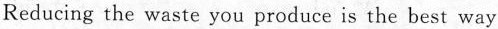
Reducing the waste you produce is the best way